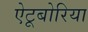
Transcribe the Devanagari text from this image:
ऐटूबोरिया